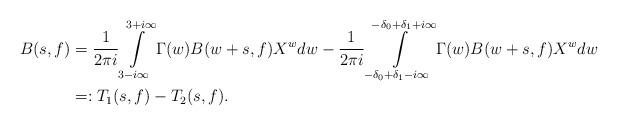
LaTeX: \begin{align*} B(s,f) & = \frac{1}{2\pi i} \int\limits_{3-i\infty}^{3+i\infty} \Gamma(w)B(w+s,f)X^w dw - \frac{1}{2\pi i} \int\limits_{-\delta_0+\delta_1-i\infty}^{-\delta_0+\delta_1+i\infty} \Gamma(w)B(w+s,f)X^w dw \\ & =: T_1(s,f) - T_2(s,f). \end{align*}